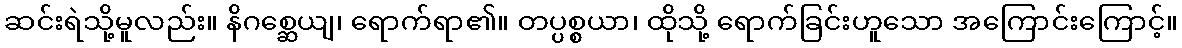
ဆင်းရဲသို့မူလည်း။ နိဂစ္ဆေယျ၊ ရောက်ရာ၏။ တပ္ပစ္စယာ၊ ထိုသို့ ရောက်ခြင်းဟူသော အကြောင်းကြောင့်။